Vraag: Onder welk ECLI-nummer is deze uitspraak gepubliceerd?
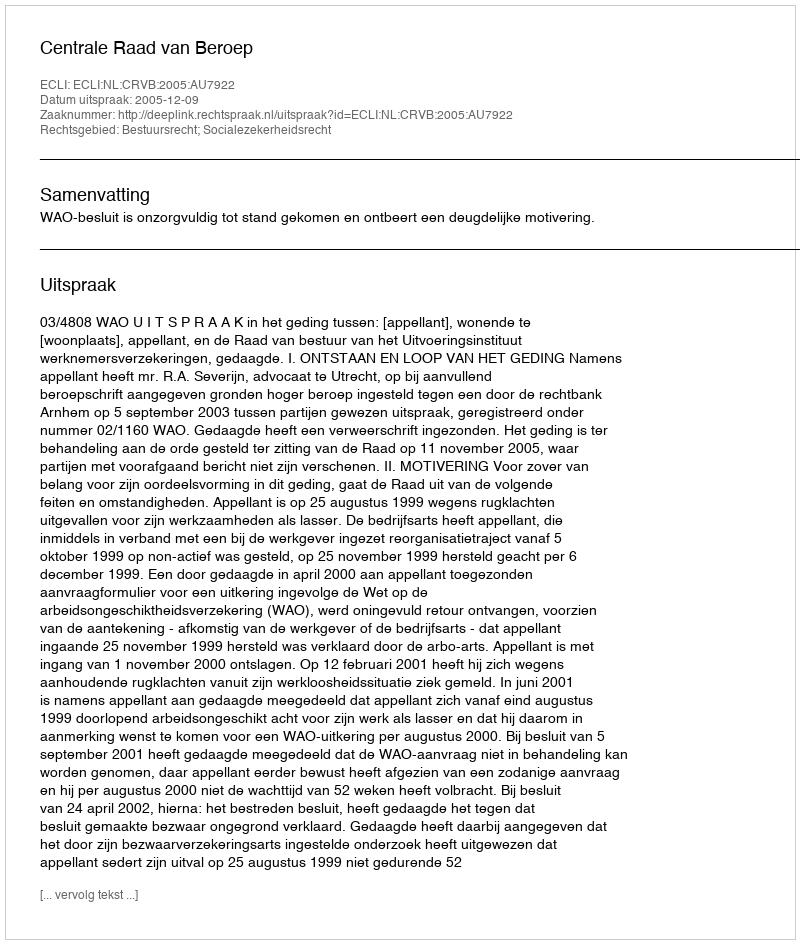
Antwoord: ECLI:NL:CRVB:2005:AU7922